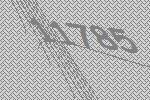
11785